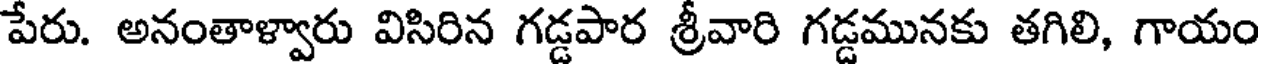
పేరు. అనంతాళ్వారు విసిరిన గడ్డపార శ్రీవారి గడ్డమునకు తగిలి, గాయం